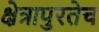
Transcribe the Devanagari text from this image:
क्षेत्रापुरतेच